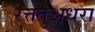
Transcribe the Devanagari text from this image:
रत्ततुअधरा